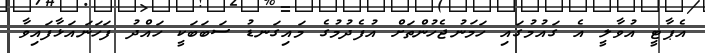
އެޕާޓީ އުވާލީ އެ ގައުމުގައި ހަމަނުޖެހުންތަށް އުފެދުމުގެ މައިގަނޑު ސަބަބަކީ ހައްދު ފަހަނައަޅާފައިވާ